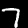
Digit: 7